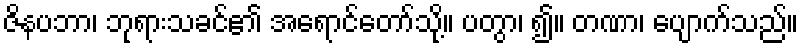
ဇိနပဘာ၊ ဘုရားသခင်၏ အရောင်တော်သို့။ ပတွာ၊ ၍။ တဏာ၊ ပျောက်သည်။